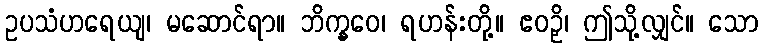
ဥပသံဟရေယျ၊ မဆောင်ရာ။ ဘိက္ခဝေ၊ ရဟန်းတို့။ ဧဝဉှိ၊ ဤသို့လျှင်။ သော